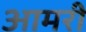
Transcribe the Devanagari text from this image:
आमरी